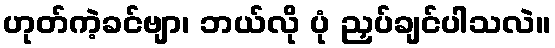
ဟုတ်ကဲ့ခင်ဗျာ၊ ဘယ်လို ပုံ ညှပ်ချင်ပါသလဲ။